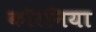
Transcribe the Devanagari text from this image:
कॉरनिया